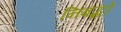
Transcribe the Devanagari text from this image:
निबद्धो